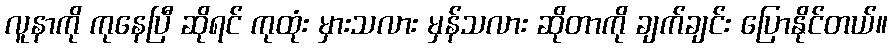
လူနာကို ကုနေပြီ ဆိုရင် ကုထုံး မှားသလား မှန်သလား ဆိုတာကို ချက်ချင်း ပြောနိုင်တယ်။